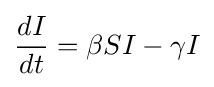
{\frac {dI}{dt}}=\beta SI-\gamma I